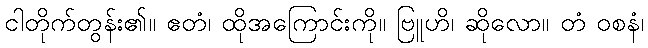
ငါတိုက်တွန်း၏။ ဧတံ၊ ထိုအကြောင်းကို။ ဗြူဟိ၊ ဆိုလော။ တံ ဝစနံ၊